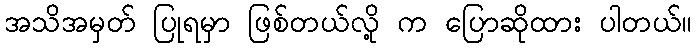
အသိအမှတ် ပြုရမှာ ဖြစ်တယ်လို့ က ပြောဆိုထား ပါတယ်။